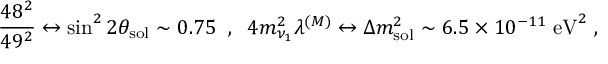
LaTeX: \frac { 4 8 ^ { 2 } } { 4 9 ^ { 2 } } \leftrightarrow \sin ^ { 2 } 2 \theta _ { \mathrm { s o l } } \sim 0 . 7 5 \; \; , \; \; 4 m _ { \nu _ { 1 } } ^ { 2 } \lambda ^ { ( M ) } \leftrightarrow \Delta m _ { \mathrm { s o l } } ^ { 2 } \sim 6 . 5 \times 1 0 ^ { - 1 1 } \; \mathrm { e V } ^ { 2 } \; ,